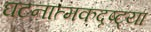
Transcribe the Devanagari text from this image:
घटनात्मकदृष्ट्या